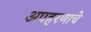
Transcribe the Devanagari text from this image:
अपहरणाचे